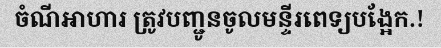
ចំណីអាហារ ត្រូវបញ្ជូនចូលមន្ទីរពេទ្យបង្អែក.!